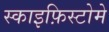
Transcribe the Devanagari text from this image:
स्काइफ़िस्टोमे